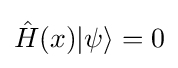
{\hat {H}}(x)|\psi \rangle =0